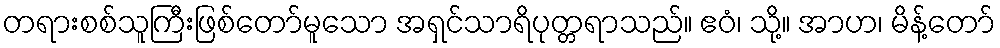
တရားစစ်သူကြီးဖြစ်တော်မူသော အရှင်သာရိပုတ္တရာသည်။ ဧဝံ၊ သို့။ အာဟ၊ မိန့်တော်